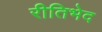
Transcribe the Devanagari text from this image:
रीतिभेद